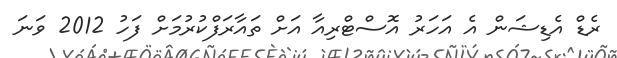
ރެޑް އެޑިޝަން އެ އަހަރު އޮސްޓްރިއާ އަށް ތައާރަފްކުރުމަށް ފަހު 2012 ވަނަ